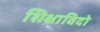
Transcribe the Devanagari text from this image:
शिक्षाविदो